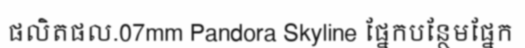
ផលិតផល.07mm Pandora Skyline ផ្នែកបន្ថែមផ្នែក